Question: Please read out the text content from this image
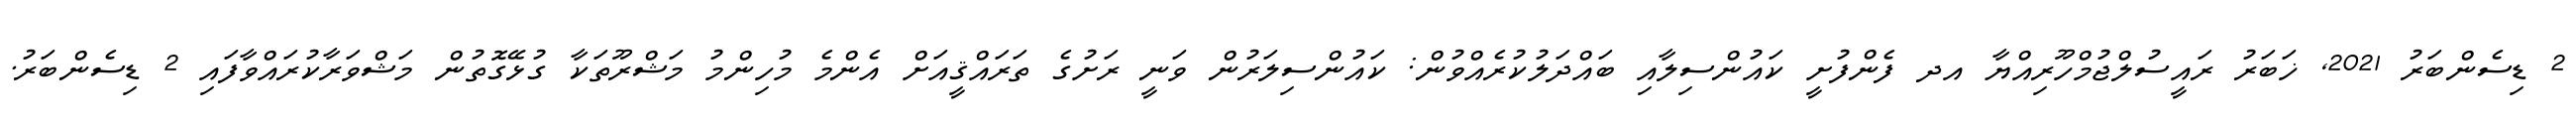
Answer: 2 ޑިސެންބަރު 2021, ޚަބަރު ރައީސުލްޖުމްހޫރިއްޔާ އދ ފެންފުށީ ކައުންސިލާއި ބައްދަލުކުރެއްވުން: ކައުންސިލަރުން ވަނީ ރަށުގެ ތަރައްޤީއަށް އެންމެ މުހިންމު މަޝްރޫތަކާ ގުޅޭގޮތުން މަޝްވަރާކުރައްވާފައި 2 ޑިސެންބަރު.